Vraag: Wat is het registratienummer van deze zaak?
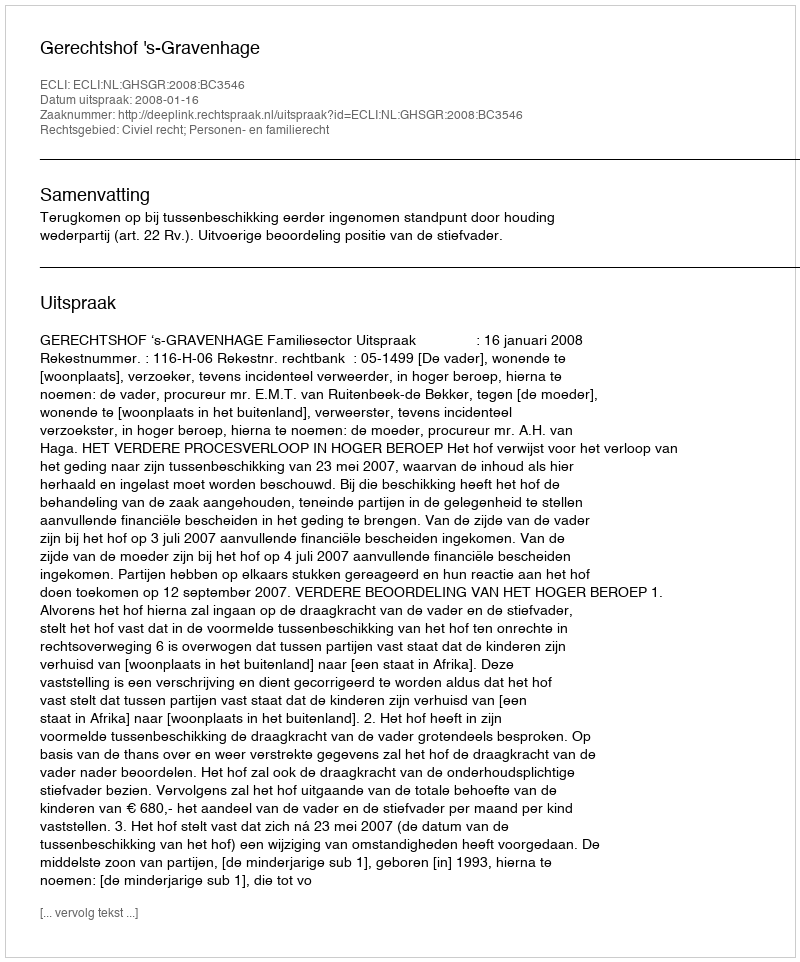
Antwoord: http://deeplink.rechtspraak.nl/uitspraak?id=ECLI:NL:GHSGR:2008:BC3546